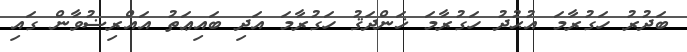
ބަދުރު ހަގުރާމަ އުޙުދު ހަގުރާމަ ޚަންދަޤު ހަގުރާމަ އަދި ބައިޢަތު އައްރިޟުވާން ގައި